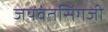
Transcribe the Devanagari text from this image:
जयवंतसिंगजी